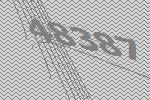
48387